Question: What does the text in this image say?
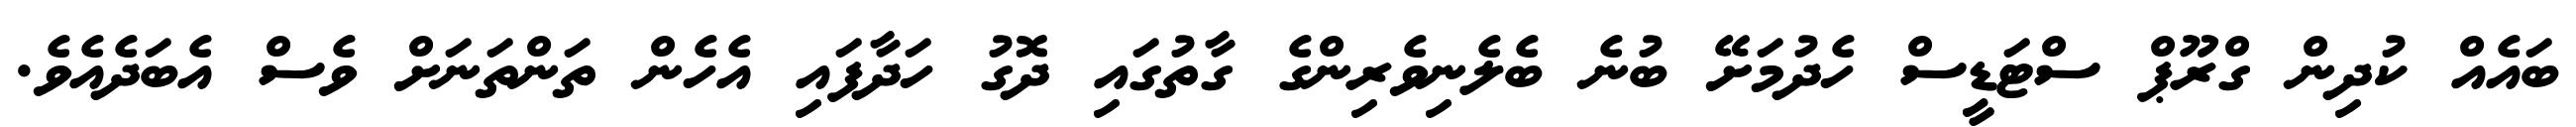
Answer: ބައެއް ކުދިން ގްރޫޕް ސްޓަޑީސް ހެދުމަށޭ ބުނެ ބެލެނިވެރިންގެ ގާތުގައި ދޮގު ހަދާފައި އެހެން ތަންތަނަށް ވެސް އެބަދެއެވެ.